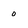
Character: o